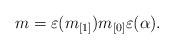
LaTeX: \begin{align*} m = \varepsilon(m_{[1]}) m_{[0]} \varepsilon(\alpha).\end{align*}